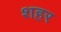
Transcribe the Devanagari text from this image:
श्‍ाहर